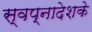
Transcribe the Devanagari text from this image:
स्वप्नादेशके